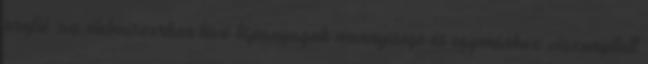
profil :az élelmiszerben lévő tápanyagok mennyisége és egymáshoz viszonyított